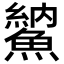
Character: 𩺈